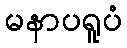
မနာပရူပံ